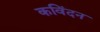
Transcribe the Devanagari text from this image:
कविंदन